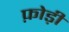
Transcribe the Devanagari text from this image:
फ़ोड़ी